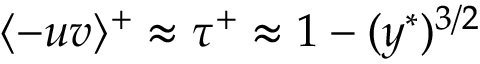
\langle - u v \rangle ^ { + } \approx \tau ^ { + } \approx 1 - ( y ^ { \ast } ) ^ { 3 / 2 }